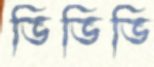
ভিভিভি